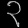
Digit: ၃